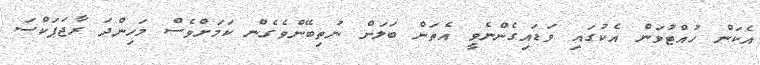
އެކަން ހުއްޓުވަން އެކުގައި ވަޑައިގެންނެވީ އެތަން ބަލަން ނުތިބޭންވެގެން ކަމަށްވެސް މަހިންދަ ރާޖަޕަކްސަ